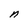
Character: n